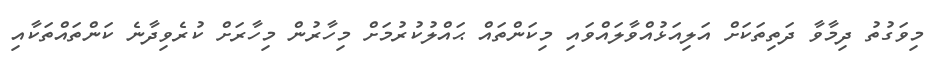
މިވަގުތު ދިމާވާ ދަތިތަކަށް އަލިއަޅުއްވާލައްވައި މިކަންތައް ޙައްލުކުރުމަށް މިހާރުން މިހާރަށް ކުރެވިދާނެ ކަންތައްތަކާއި